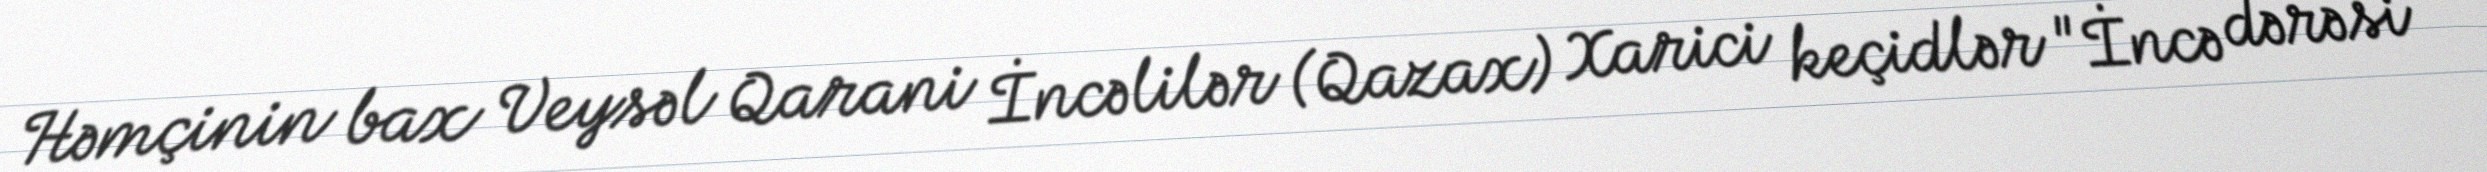
Həmçinin bax Veysəl Qarani İncəlilər (Qazax) Xarici keçidlər "İncə dərəsi